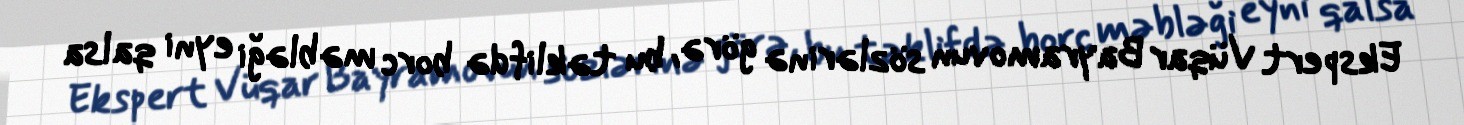
Ekspert Vüqar Bayramovun sözlərinə görə, bu təklifdə borc məbləği eyni qalsa